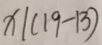
x \vert ( 1 9 - 1 3 )